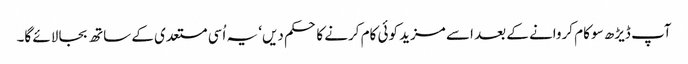
آپ ڈیڑھ سو کام کروانے کے بعد اسے مزید کوئی کام کرنے کا حکم دیں‘ یہ اُسی مستعدی کے ساتھ بجا لائے گا۔